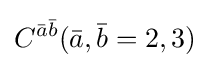
C^{{\bar {a}}{\bar {b}}}({\bar {a}},{\bar {b}}=2,3)